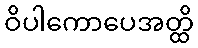
ဝိပါကောပေအတ္ထိ